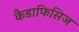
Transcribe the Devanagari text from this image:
कैडाफिसिज